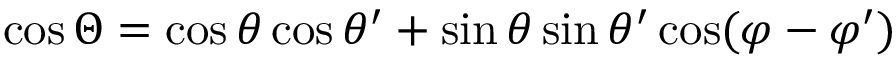
\cos \Theta = \cos \theta \cos \theta ^ { \prime } + \sin \theta \sin \theta ^ { \prime } \cos ( \varphi - \varphi ^ { \prime } )